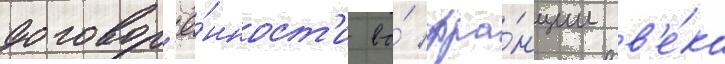
договор'ё́нност'и во́ фра́нции в'е́ка